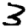
Digit: 3